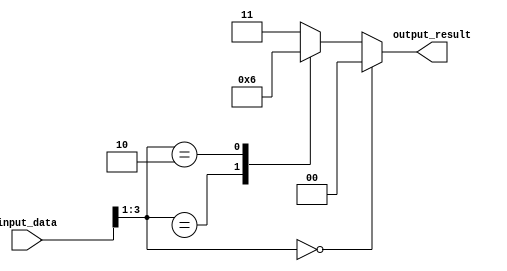
module behavioral_block (
    input wire [3:0] input_data,
    output reg [1:0] output_result
);

always @ (*)
begin
    casez(input_data)
        4'b000?: output_result = 2'b00; // If input_data is 000X, output 00
        4'b00X?: output_result = 2'b01; // If input_data is 00XX, output 01
        4'b010?: output_result = 2'b10; // If input_data is 010X, output 10
        default: output_result = 2'b11; // For all other cases, output 11
    endcase
end

endmodule